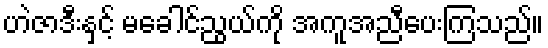
ဟဲဇာဒီးနှင့် မခေါင်ညွယ်ကို အကူအညီပေးကြသည်။